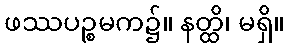
ဖဿပဉ္စမက၌။ နတ္ထိ၊ မရှိ။